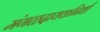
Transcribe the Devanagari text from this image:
मंगळदायकनिधी